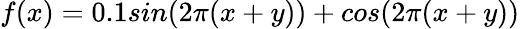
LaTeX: f(x)=0.1sin(2\pi(x+y))+cos(2\pi(x+y))